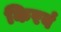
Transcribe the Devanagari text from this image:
किरवं